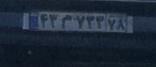
۴۳م۷۳۳۷۸